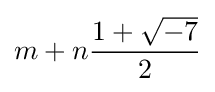
m+n{\frac {1+{\sqrt {-7}}}{2}}